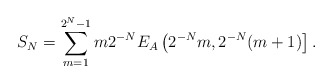
\begin{align*}S_N = \sum_{m=1}^{2^N-1} m2^{-N}E_A\left(2^{-N}m,2^{-N}(m+1)\right].\end{align*}